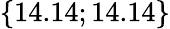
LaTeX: \{ 14.14;14.14\}